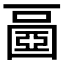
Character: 𡈧